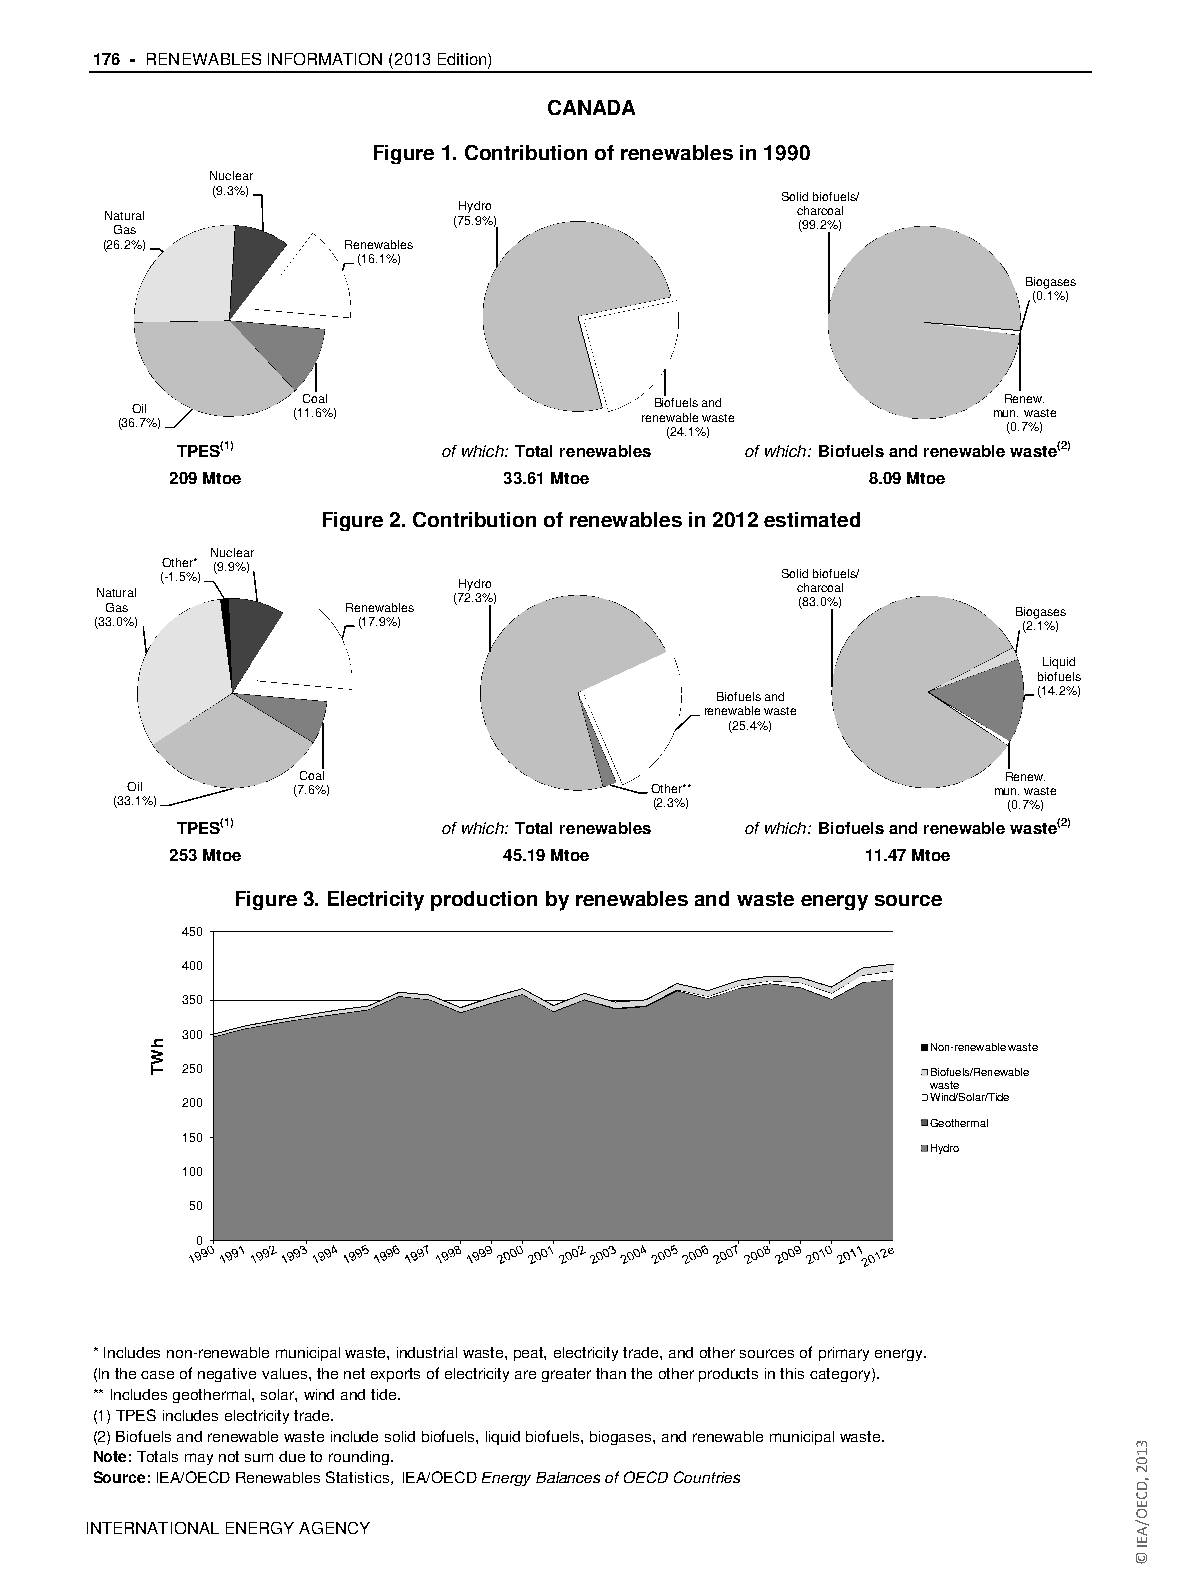
176 - RENEWABLES INFORMATION (2013 Edition)
 CANADA
 Figure 1. Contribution of renewables in 1990
 Nuclear
 (9.3%)                                Solid biofuels/
 N Gat au sra l         (7H 5y .d 9r %o )      c (9h 9a .r 2c %oa )l
 (26.2%)         Renewables
 (16.1%)
 Biogases
 (0.1%)
 (36O .7il % ) (1C 1o .6a %l )     renB eio (w 2f au 4be .1ll es
 %
 a w )n ad s te      muR (n 0e . .n 7we %aw )s. te
 TPES(1)          of which: Total renewables of which: Biofuels and renewable waste(2)
 209 Mtoe              33.61 Mtoe              8.09 Mtoe
 Figure 2. Contribution of renewables in 2012 estimated
 Nuclear
 Other* (9.9%)
 N Gat au sra l (-1.5%) Renewables (7H 2y .d 3r %o ) So cl (i 8d h 3 ab .ri 0co %ofu a )e l ls/ Biogases
 (33.0%)           (17.9%)                                     (2.1%)
 Liquid
 biofuels
 Biofuels and          (14.2%)
 renewable waste
 (25.4%)
 Coal                                          Renew.
 Oil        (7.6%)                  Other**                mun. waste
 (33.1%)                             (2.3%)                  (0.7%)
 TPES(1)          of which: Total renewables of which: Biofuels and renewable waste(2)
 253 Mtoe              45.19 Mtoe              11.47 Mtoe
 Figure 3. Electricity production by renewables and waste energy source
 450
 400
 350
 300
 Non-renewable waste
 250                                              Biofuels/Renewable
 waste
 200                                              Wind/Solar/Tide
 Geothermal
 150
 Hydro
 100
 50
 0
 * Includes non-renewable municipal waste, industrial waste, peat, electricity trade, and other sources of primary energy.
 (In the case of negative values, the net exports of electricity are greater than the other products in this category).
 ** Includes geothermal, solar, wind and tide.
 (1) TPES includes electricity trade.
 (2) Biofuels and renewable waste include solid biofuels, liquid biofuels, biogases, and renewable municipal waste.
 Note: Totals may not sum due to rounding.
 Source: IEA/OECD Renewables Statistics, IEA/OECD Energy Balances of OECD Countries
 IINNTTEERRNNAATTIIOONNAALL EENNEERRGGYY AAGGEENNCCYY
 hWT
 3102
 ,DCEO/AEI
 ©